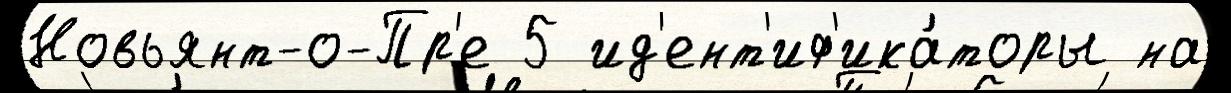
Новьянт-о-Пр'е 5 ид'ент'иф'ика́торы на